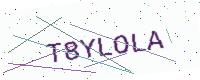
Text: T8YLOLA